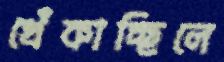
খেঁকাচ্ছিলে